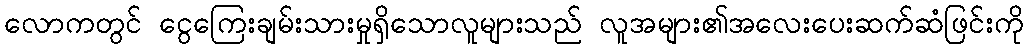
လောကတွင် ငွေကြေးချမ်းသားမှုရှိသောလူများသည် လူအများ၏အလေးပေးဆက်ဆံဖြင်းကို